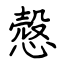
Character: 慤